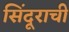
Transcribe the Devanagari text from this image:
सिंदूराची